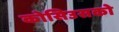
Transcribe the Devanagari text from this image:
कोसिउसको